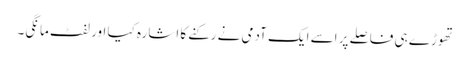
تھوڑے ہی فاصلے پر اسے ایک آدمی نے رکنے کا اشارہ کیا اور لفٹ مانگی۔